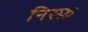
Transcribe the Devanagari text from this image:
निस्फ़